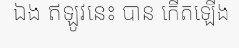
ឯង ឥឡូវនេះ បាន កើតឡើង